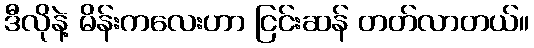
ဒီလိုနဲ့ မိန်းကလေးဟာ ငြင်းဆန် တတ်လာတယ်။